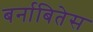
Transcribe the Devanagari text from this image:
बर्नाबितेस